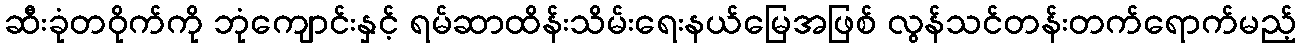
ဆီးခုံတဝိုက်ကို ဘုံကျောင်းနှင့် ရမ်ဆာထိန်းသိမ်းရေးနယ်မြေအဖြစ် လွန်သင်တန်းတက်ရောက်မည့်